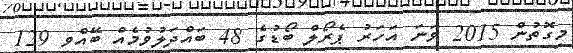
މިގޮތުން 2015 ވަނަ އަހަރު ޕެރޯލް ބޯޑުގެ 48 ބައްދަލުވުމެއް ބޭއްވި 129